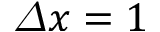
\varDelta x = 1